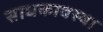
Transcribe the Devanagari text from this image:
साधकावस्था